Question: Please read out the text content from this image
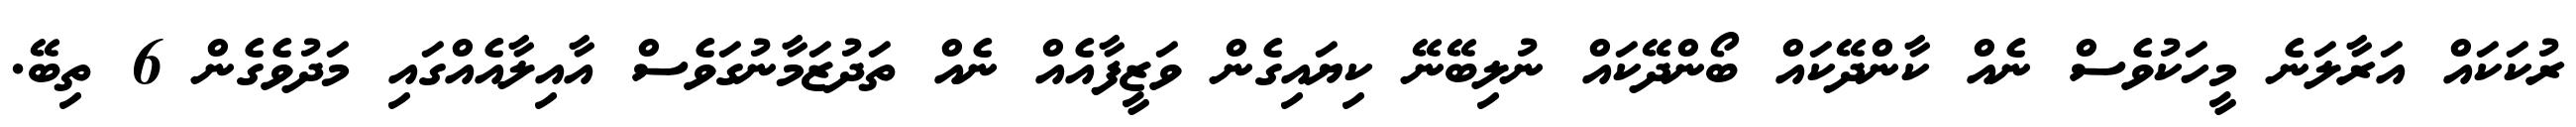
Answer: ރުކަކައް އަރާލަނެ މީހަކުވެސް ނެއް ކާންދޭކައް ބޯންދޭކައް ނުލިބޭނޭ ކިޔައިގެން ވަޒީފާއެއް ނެއް ތަދުޒަމާނުގަވެސް އާއިލާއެއްގައި މަދުވެގެން 6 ތިބޭ.